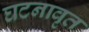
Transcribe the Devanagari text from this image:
घटनावृत